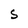
Character: S